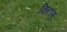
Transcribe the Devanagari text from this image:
किटाणु